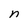
Character: n